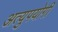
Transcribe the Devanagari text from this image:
अत्युपयोगी